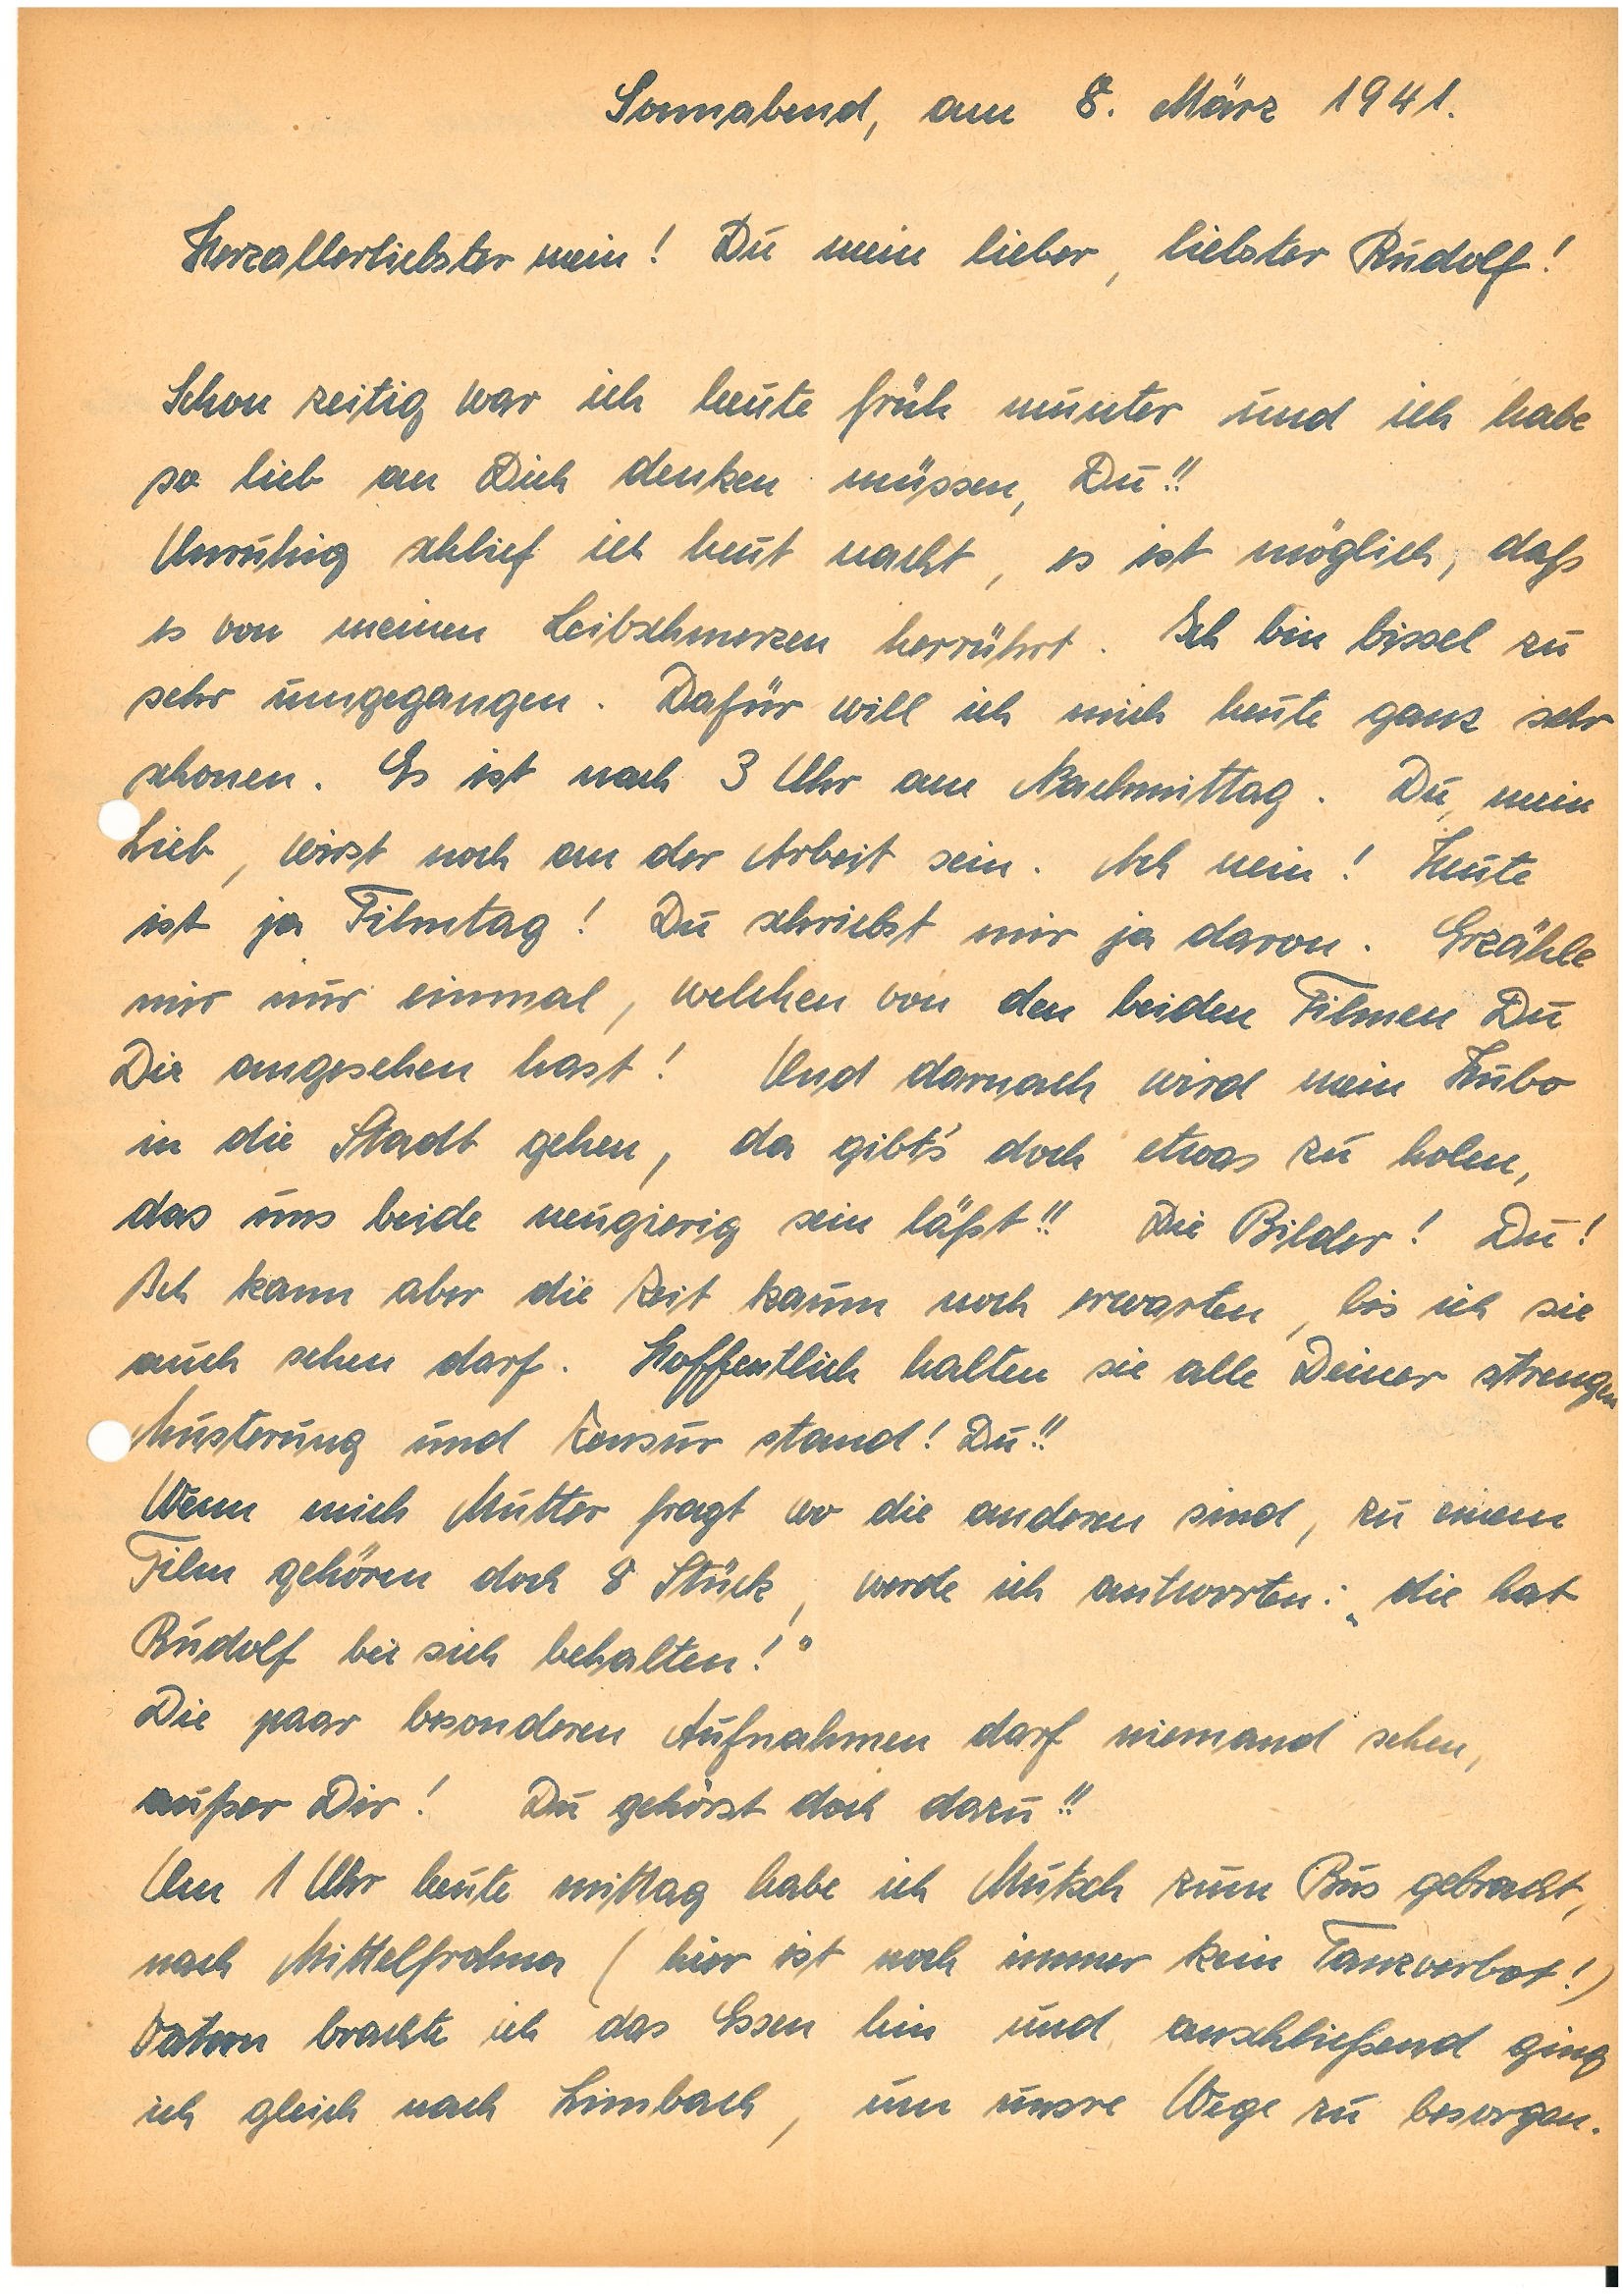
Sonnabend, am 8. März 1941.
Herzallerliebster mein! Du mein lieber, liebster!
Schon zeitig war ich heute früh munter und ich habe
so lieb an Dich denken müssen, Du!!
Unruhig schlief ich heut nacht, es ist möglich, daß
es von meinen Leibschmerzen herrührt. Ich bin bissel zu
sehr umgegangen. Dafür will ich mich heute ganz sehr
schonen. Es ist nach 3 Uhr am Nachmittag. Du mein
Lieb, wirst noch an der Arbeit sein. Ach nein! Heute
ist ja Filmtag! Du schriebst mir ja davon. Erzähle
mir nur einmal, welchen von den beiden Filmen Du
Dir angesehen hast! Und darnach wird mein Hubo
in die Stadt gehen, da gibt‘s doch etwas zu holen,
das uns beide neugierig sein läßt!! Die Bilder! Du!
Ich kann aber die Zeit kaum noch erwarten, bis ich sie
auch sehen darf. Hoffentlich halten sie alle Deiner strengen
Musterung und Zensur stand! Du!!
Wenn mich Mutter fragt wo die anderen sind, zu einem
Film gehören doch 8 Stück, werde ich antworten: ,,die hat
bei sich behalten!“
Die paar besonderen Aufnahmen darf niemand sehen,
außer Dir! Du gehörst doch dazu!!
Um 1 Uhr heute mittag habe ich Mutsch zum Bus gebracht,
nach M. (hier ist noch immer kein Tanzverbot!)
Vater brachte ich das Essen hin und anschließend ging
ich gleich nach L., um unsre Wege zu besorgen.